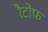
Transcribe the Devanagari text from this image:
रैटोफ़